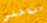
الداخلي